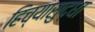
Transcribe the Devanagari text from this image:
हिच्यासुद्धा